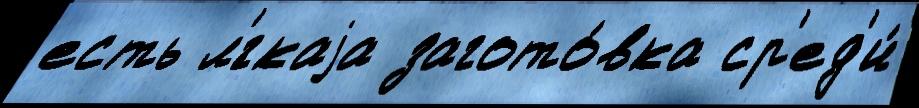
есть л'́гкаjа загото́вка ср'ед'и́